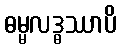
ဓမ္မလဒ္ဓဿာပိ